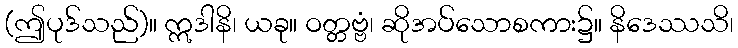
(ဤပုဒ်သည်)။ ဣဒါနိ၊ ယခု။ ဝတ္တဗ္ဗံ၊ ဆိုအပ်သောစကား၌။ နိဒေဿသိ၊